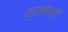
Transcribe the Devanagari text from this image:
मुसवाली